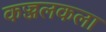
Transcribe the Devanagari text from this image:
कज्जलकला